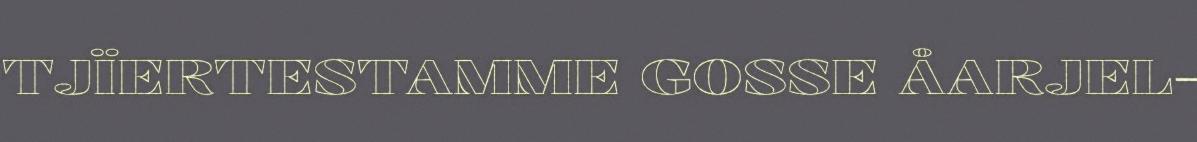
TJÏERTESTAMME GOSSE ÅARJEL-